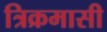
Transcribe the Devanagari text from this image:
त्रिक्रमासी